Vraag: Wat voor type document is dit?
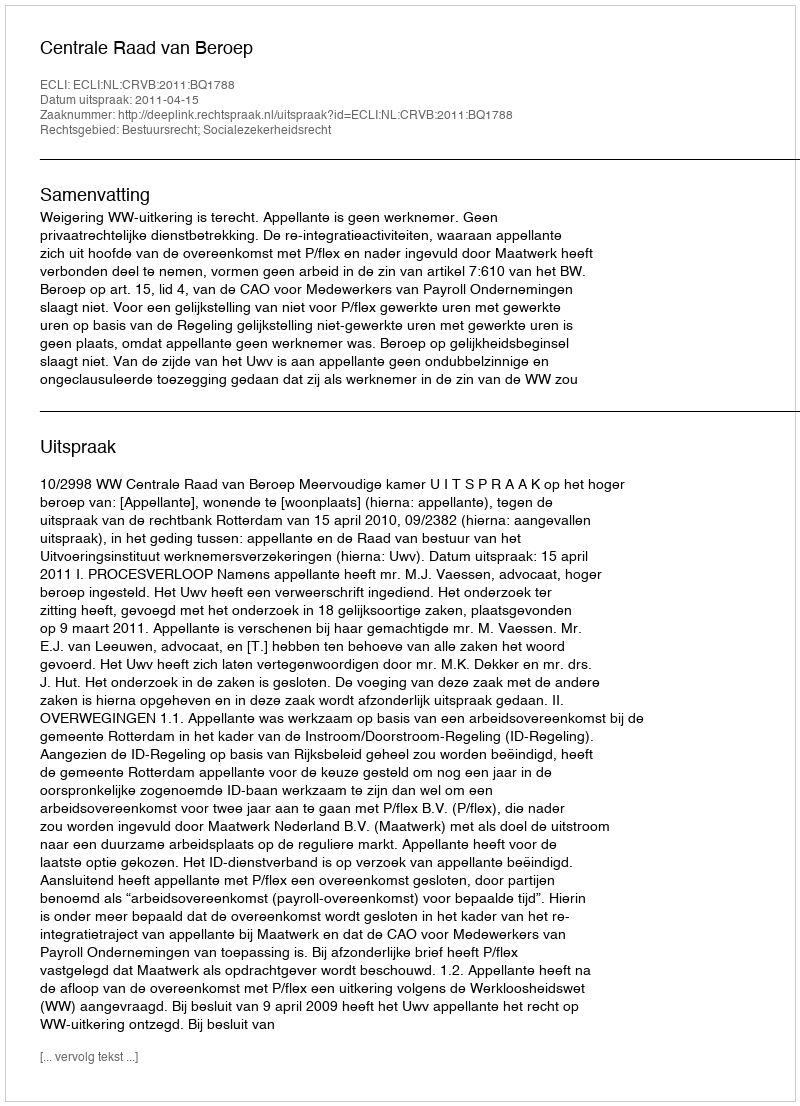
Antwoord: Uitspraak